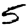
Digit: 5